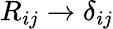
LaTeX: R_{ij}\rightarrow\delta_{ij}